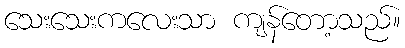
သေးသေးကလေးသာ ကျန်တော့သည်။